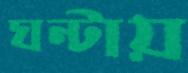
ঘন্টায়